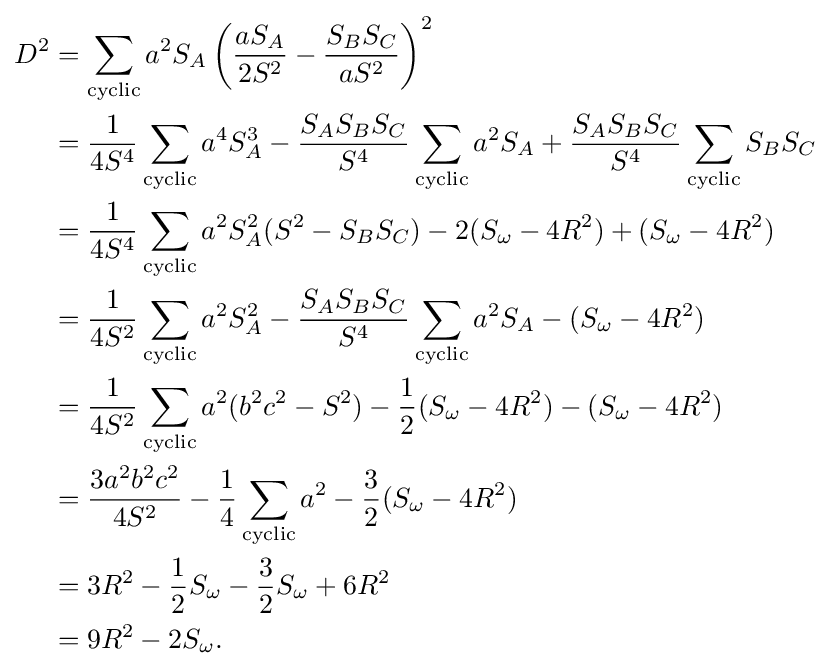
{\begin{aligned}D^{2}&{}=\sum _{\text{cyclic}}a^{2}S_{A}\left({\frac {aS_{A}}{2S^{2}}}-{\frac {S_{B}S_{C}}{aS^{2}}}\right)^{2}\\&{}={\frac {1}{4S^{4}}}\sum _{\text{cyclic}}a^{4}S_{A}^{3}-{\frac {S_{A}S_{B}S_{C}}{S^{4}}}\sum _{\text{cyclic}}a^{2}S_{A}+{\frac {S_{A}S_{B}S_{C}}{S^{4}}}\sum _{\text{cyclic}}S_{B}S_{C}\\&{}={\frac {1}{4S^{4}}}\sum _{\text{cyclic}}a^{2}S_{A}^{2}(S^{2}-S_{B}S_{C})-2(S_{\omega }-4R^{2})+(S_{\omega }-4R^{2})\\&{}={\frac {1}{4S^{2}}}\sum _{\text{cyclic}}a^{2}S_{A}^{2}-{\frac {S_{A}S_{B}S_{C}}{S^{4}}}\sum _{\text{cyclic}}a^{2}S_{A}-(S_{\omega }-4R^{2})\\&{}={\frac {1}{4S^{2}}}\sum _{\text{cyclic}}a^{2}(b^{2}c^{2}-S^{2})-{\frac {1}{2}}(S_{\omega }-4R^{2})-(S_{\omega }-4R^{2})\\&{}={\frac {3a^{2}b^{2}c^{2}}{4S^{2}}}-{\frac {1}{4}}\sum _{\text{cyclic}}a^{2}-{\frac {3}{2}}(S_{\omega }-4R^{2})\\&{}=3R^{2}-{\frac {1}{2}}S_{\omega }-{\frac {3}{2}}S_{\omega }+6R^{2}\\&{}=9R^{2}-2S_{\omega }.\end{aligned}}